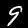
Label: 9